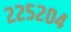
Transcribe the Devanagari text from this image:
२२५२०४